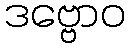
ဒဗ္ဗောဝ